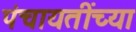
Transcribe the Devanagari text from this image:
पंचायतींच्या